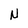
Character: N